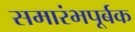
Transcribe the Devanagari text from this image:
समारंभपूर्बक